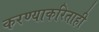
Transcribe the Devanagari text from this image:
करण्याकरिताही